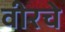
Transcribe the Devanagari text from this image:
वीरचे